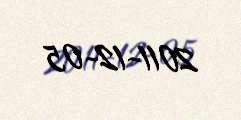
2011-12-05